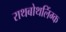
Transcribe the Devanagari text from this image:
राथबोथलिंग्क